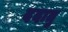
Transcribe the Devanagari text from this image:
ददातु